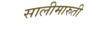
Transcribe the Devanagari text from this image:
सालीमारुती